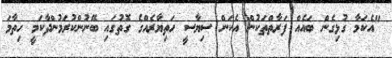
"އެކަމާ ގުޅިގެން ބައެއް ފަރާތްތަކުން އެކަން ސިޔާސީ ހަތިޔާރެއްގެ ގޮތުގައި ބޭނުންކުރަމުންދާކަމީ ހިތާމަ